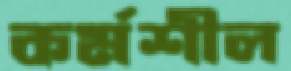
কর্মশীল